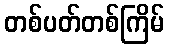
တစ်ပတ်တစ်ကြိမ်